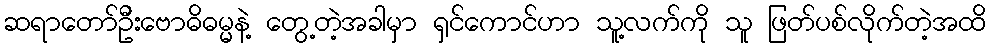
ဆရာတော်ဦးဗောဓိဓမ္မနဲ့ တွေ့တဲ့အခါမှာ ရှင်ကောင်ဟာ သူ့လက်ကို သူ ဖြတ်ပစ်လိုက်တဲ့အထိ